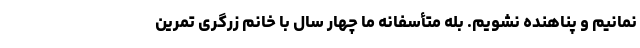
نمانیم و پناهنده نشویم. بله متأسفانه ما چهار سال با خانم زرگری تمرین